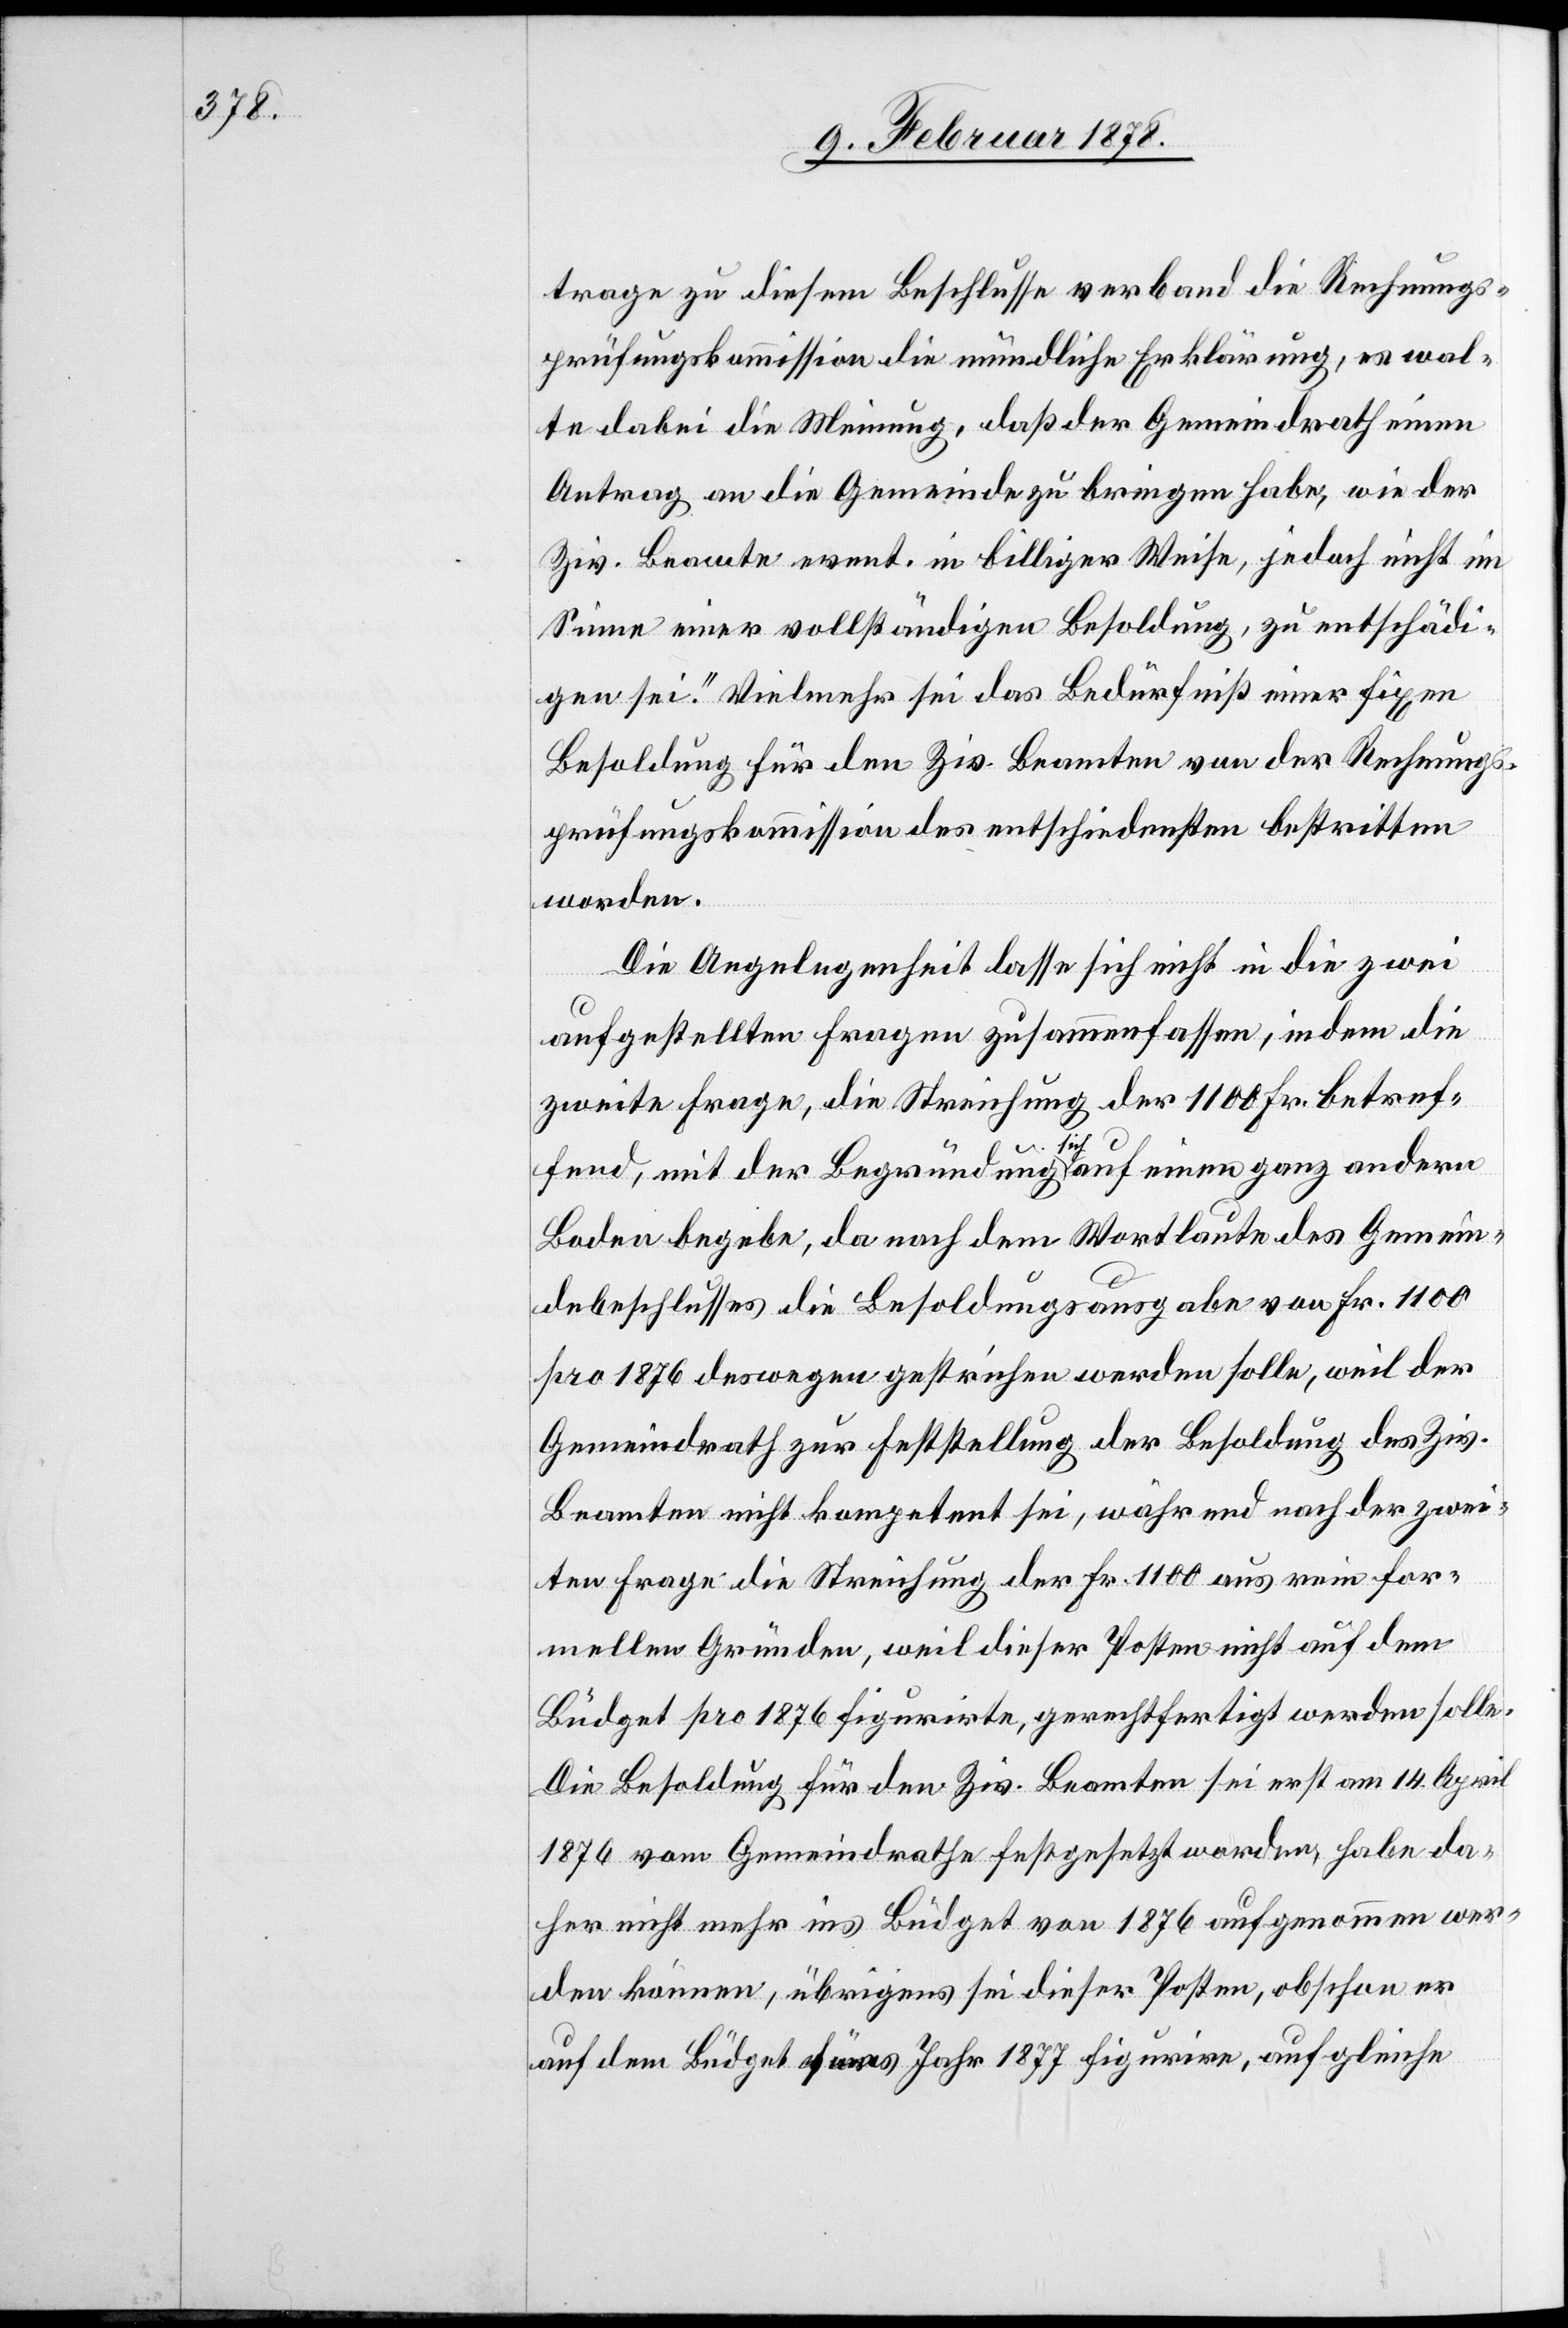
trage zu diesem Beschlusse verband die Rechnungs¬
prüfungskommission die mündliche Erklärung, es wal¬
te dabei die Meinung, daß der Gemeindrath einen
Antrag an die Gemeinde zu bringen habe, wie der
Ziv. Beamte event. in billiger Weise, jedoch nicht im
Sinne einer vollständigen Besoldung, zu entschädi¬
gen sei.“ Vielmehr sei das Bedürfniß einer fixen
Besoldung für den Ziv. Beamten von der Rechnungs¬
prüfungskommission des entschiedensten bestritten
worden.
Die Angelegenheit lasse sich nicht in die zwei
aufgestellten Fragen zusammenfassen, indem die
zweite Frage, die Streichung der 1100 Fr. betref¬
fend, mit der Begründung sich auf einen ganz andern
Boden begebe, da nach dem Wortlaute des Gemein¬
debeschlusses die Besoldungsausgabe von Fr. 1100
pro 1876 deswegen gestrichen werden solle, weil der
Gemeindrath zur Feststellung der Besoldung des Ziv.
Beamten nicht kompetent sei, während nach der zwei¬
ten Frage die Streichung der Fr. 1100 aus rein for¬
mellen Gründen, weil dieser Posten nicht auf dem
Büdget pro 1876 figurirte, gerechtfertigt werden solle.
Die Besoldung für den Ziv. Beamten sei erst am 14. April
1876 vom Gemeindrathe festgesetzt worden, habe da¬
her nicht mehr ins Büdget von 1876 aufgenommen wer¬
den können, übrigens sei dieser Posten, obschon er
auf dem Büdget fürs Jahr 1877 figurire, auf gleiche